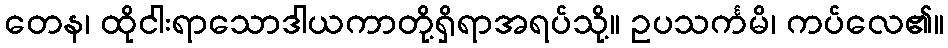
တေန၊ ထိုငါးရာသောဒါယကာတို့ရှိရာအရပ်သို့။ ဥပသင်္ကမိ၊ ကပ်လေ၏။